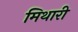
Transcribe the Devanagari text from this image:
मिथारी